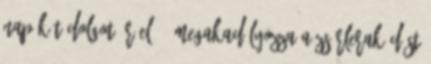
nap két dolgot ér el: 1 Megakadályozza a zsírlerakódást